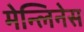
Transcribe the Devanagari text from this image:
मेन्लिनेस